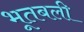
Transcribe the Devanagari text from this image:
भूतबली